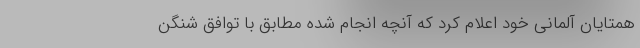
همتایان آلمانی خود اعلام کرد که آنچه انجام شده مطابق با توافق شنگن